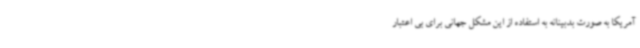
آمریکا به صورت بدبینانه به استفاده از این مشکل جهانی برای بی اعتبار